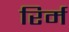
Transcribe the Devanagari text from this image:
रिर्म